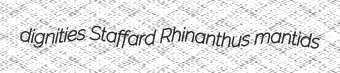
dignities Staffard Rhinanthus mantids